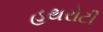
હથરોટી